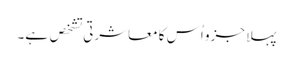
پہلا جزو اُس کا معاشرتی تشخص ہے۔